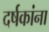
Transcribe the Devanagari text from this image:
दर्षकांना